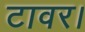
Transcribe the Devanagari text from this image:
टावर।